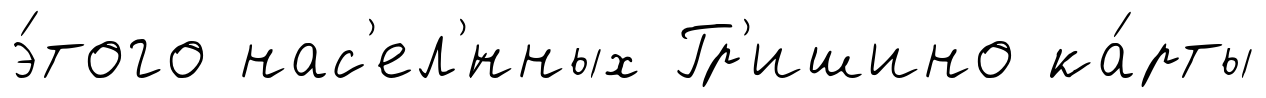
э́того нас'ел'́нных Гр'ишино ка́рты